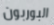
البوربون